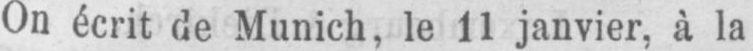
On écrit de Munich, le 11 janvier, à la